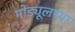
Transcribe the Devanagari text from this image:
मोड्यूलच्या